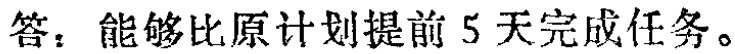
答：能够比原计划提前 5 天完成任务。